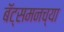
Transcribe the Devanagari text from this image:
बॅट्समनच्या